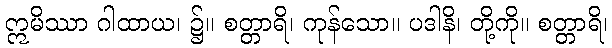
ဣမိဿာ ဂါထာယ၊ ၌။ စတ္တာရိ၊ ကုန်သော။ ပဒါနိ၊ တို့ကို။ စတ္တာရိ၊